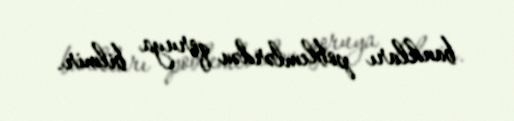
bankları poblemlərdən qoruya bilmir.